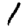
Digit: 1